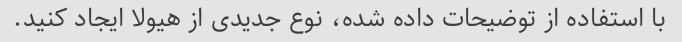
با استفاده از توضیحات داده شده، نوع جدیدی از هیولا ایجاد کنید.